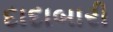
દાદાબારી